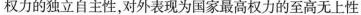
权力的独立自主性，对外表现为国家最高权力的至高无上性